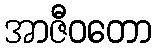
အာဇီဝတော